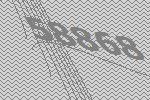
58868